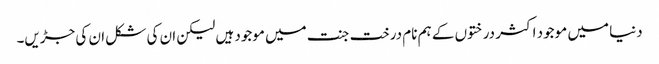
دنیا میں موجود اکثر درختوں کے ہم نام درخت جنت میں موجود ہیں لیکن ان کی شکل ان کی جڑیں۔